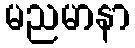
မညမာနာ